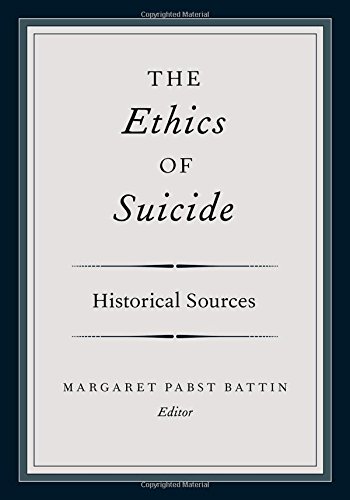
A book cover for The Ethics of Suicide: Historical Sources; Self-Help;